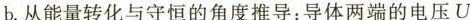
b. 从能量转化与守恒的角度推导：导体两端的电压U